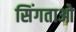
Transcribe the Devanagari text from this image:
सिंगताओ